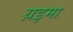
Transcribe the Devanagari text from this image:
य़इमा